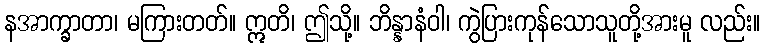
နအာက္ခာတာ၊ မကြားတတ်။ ဣတိ၊ ဤသို့။ ဘိန္နာနံဝါ၊ ကွဲပြားကုန်သောသူတို့အားမူ လည်း။